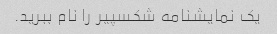
یک نمایشنامه شکسپیر را نام ببرید.